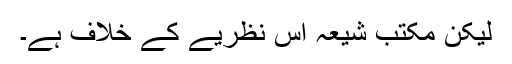
لیکن مکتب شیعہ اس نظریے کے خلاف ہے۔